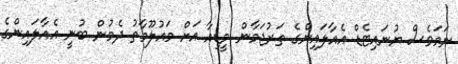
ނަމަވެސް ޔުނައިޓެޑް އެއާލައިންގެ ތަރުޖަމާން މީޑިއާ އަށް މައުލޫމާތު ދެމުން ބުނީ އެއާލައިންގެ